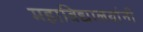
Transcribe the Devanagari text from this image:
महाविद्यालयांनी